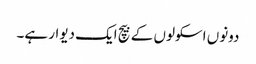
دونوں اسکولوں کے بیچ ایک دیوار ہے۔